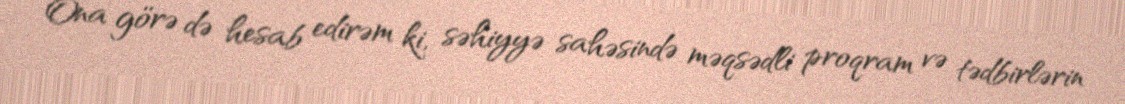
Ona görə də hesab edirəm ki, səhiyyə sahəsində məqsədli proqram və tədbirlərin